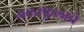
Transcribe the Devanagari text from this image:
गवतफुलाचे